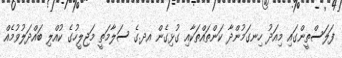
ފަލަސްތީންގައި މިއަދު ހިނގަމުންދާ ކަންތައްތަކާއި ގުޅިގެން އދ.ގެ ސަލާމަތީ މަޖިލީހުގެ ކުއްލި ބައްދަލުވުމެއް